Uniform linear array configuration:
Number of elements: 64
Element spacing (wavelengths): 0.75
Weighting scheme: hann
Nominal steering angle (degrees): -30
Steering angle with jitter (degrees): -30.34
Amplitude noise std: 0.05
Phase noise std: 0.05

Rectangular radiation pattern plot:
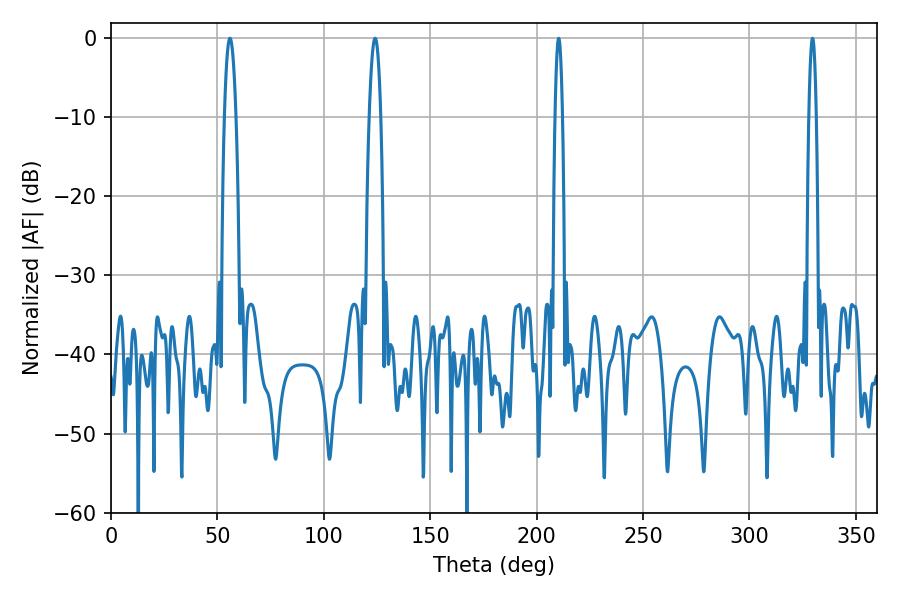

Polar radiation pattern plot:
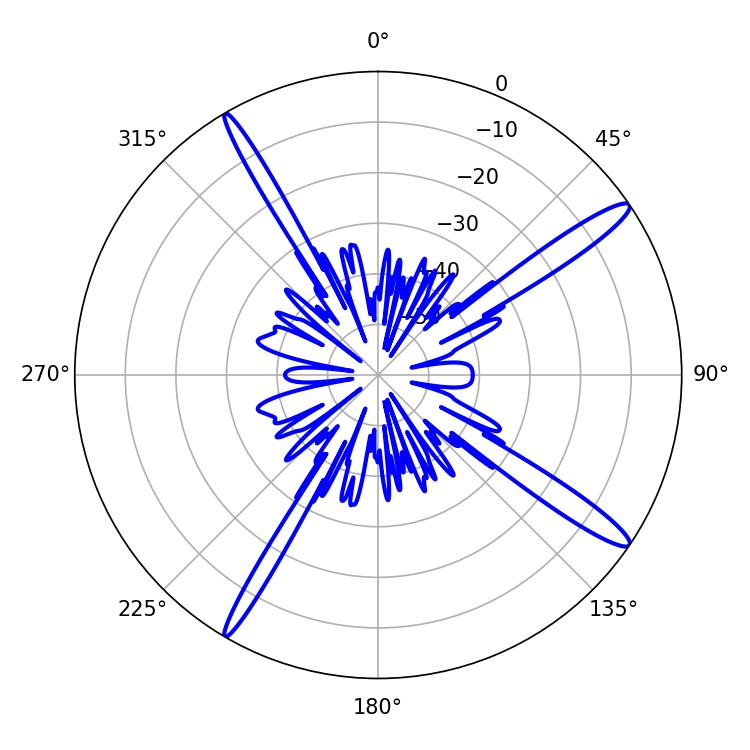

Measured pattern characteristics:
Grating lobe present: TRUE
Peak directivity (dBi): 15.439
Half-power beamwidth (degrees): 3.06
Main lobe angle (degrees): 55.98